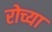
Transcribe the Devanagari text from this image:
रोच्या